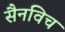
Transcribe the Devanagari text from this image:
सैनविच